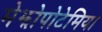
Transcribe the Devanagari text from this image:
मेझोपोटेमिया